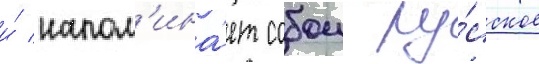
и́ напом'ина́ет собои ру́сское